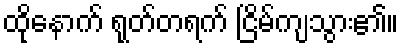
ထိုနောက် ရုတ်တရက် ငြိမ်ကျသွား၏။